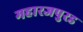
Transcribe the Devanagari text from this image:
महारजपुरड